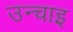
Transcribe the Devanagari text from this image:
उन्चाइ